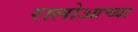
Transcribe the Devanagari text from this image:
रालोआच्या